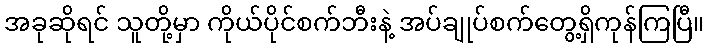
အခုဆိုရင် သူတို့မှာ ကိုယ်ပိုင်စက်ဘီးနဲ့ အပ်ချုပ်စက်တွေ့ရှိကုန်ကြပြီ။